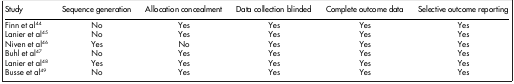
| Study | Sequence generation | Allocation concealment | Data collection blinded | Complete outcome data | Selective outcome reporting |
 | --- | --- | --- | --- | --- | --- |
 | Finn et al44 | No | Yes | Yes | Yes | Yes |
 | Lanier et al45 | No | Yes | Yes | Yes | Yes |
 | Niven et al46 | Yes | No | Yes | Yes | Yes |
 | Buhl et al47 | No | Yes | Yes | Yes | Yes |
 | Lanier et al48 | Yes | Yes | Yes | Yes | Yes |
 | Busse et al49 | No | Yes | Yes | Yes | Yes |